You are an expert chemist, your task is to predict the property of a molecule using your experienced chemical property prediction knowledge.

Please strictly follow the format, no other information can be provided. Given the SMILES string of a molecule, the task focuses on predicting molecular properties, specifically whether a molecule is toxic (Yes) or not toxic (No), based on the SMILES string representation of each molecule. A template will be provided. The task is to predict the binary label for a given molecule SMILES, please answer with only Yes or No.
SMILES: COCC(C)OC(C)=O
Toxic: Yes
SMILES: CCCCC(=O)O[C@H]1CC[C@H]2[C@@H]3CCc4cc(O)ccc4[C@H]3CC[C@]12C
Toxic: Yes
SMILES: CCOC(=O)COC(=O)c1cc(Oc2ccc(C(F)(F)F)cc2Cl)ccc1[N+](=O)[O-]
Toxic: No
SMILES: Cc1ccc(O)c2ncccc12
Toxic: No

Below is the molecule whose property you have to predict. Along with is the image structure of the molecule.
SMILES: CN(C)C(=O)NC1(c2ccccc2)CCN(CC[C@@]2(c3ccc(F)c(F)c3)CN(C(=O)c3ccccc3)CCO2)CC1
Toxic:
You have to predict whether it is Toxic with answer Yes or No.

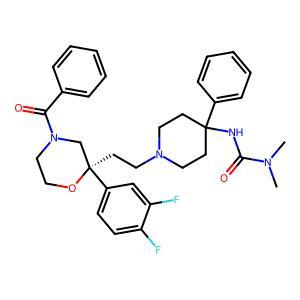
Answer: No